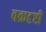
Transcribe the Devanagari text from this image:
वक्रदृष्टी